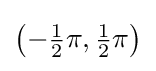
{\bigl (}{-{\tfrac {1}{2}}\pi },{\tfrac {1}{2}}\pi {\bigr )}